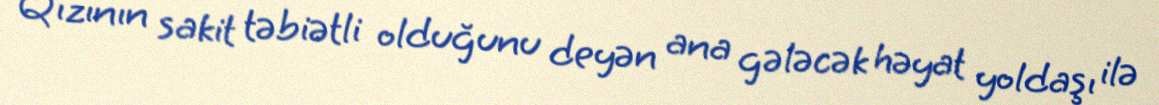
Qızının sakit təbiətli olduğunu deyən ana gələcək həyat yoldaşı ilə